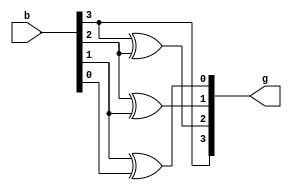
module btog(g,b);
input[3:0]b;
output[3:0]g;
 buf buf_g1(g[3],b[3]);
 xor xor_g1(g[2],b[3],b[2]);
 xor xor_g2(g[1],b[2],b[1]);
 xor xor_g3(g[0],b[1],b[0]);
endmodule